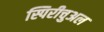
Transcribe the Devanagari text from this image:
स्पिरीचुअल